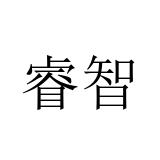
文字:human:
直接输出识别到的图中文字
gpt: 睿智